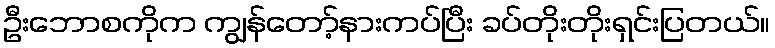
ဦးဘောစကိုက ကျွန်တော့်နားကပ်ပြီး ခပ်တိုးတိုးရှင်းပြတယ်။